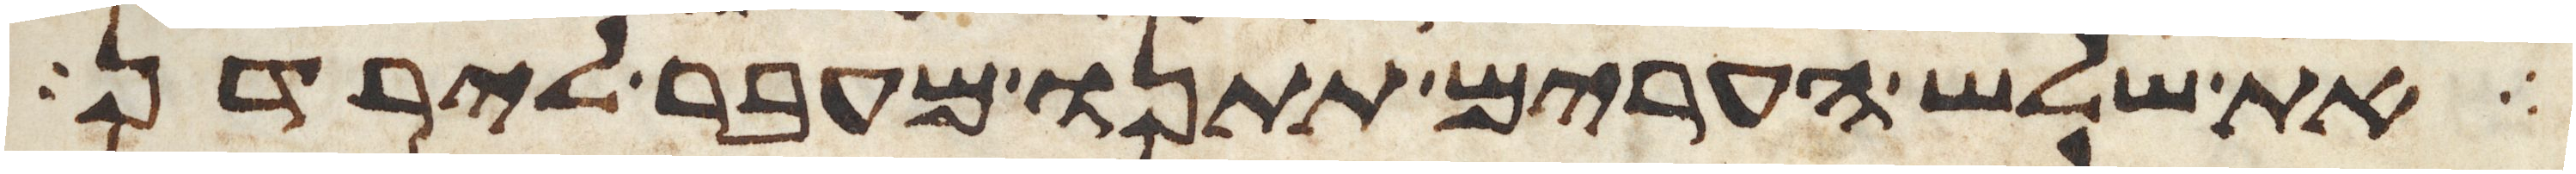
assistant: את שלש הערים תתנו מעבר לירדן